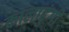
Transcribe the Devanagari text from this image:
कालाढुंगी